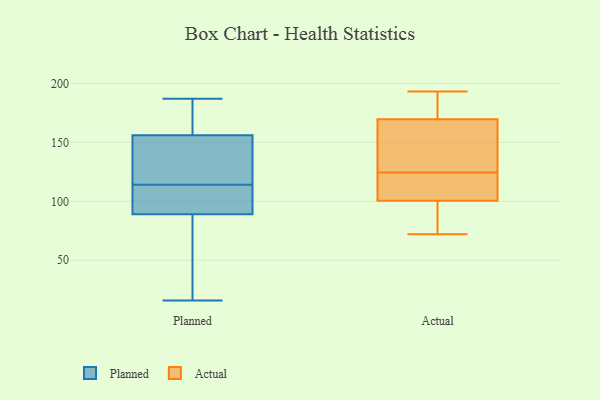
{"axis": {"x": "Demand Index", "y": "Value"}, "legend": ["Actual", "Planned"], "data": [{"x": "", "y": 83, "type": "Planned"}, {"x": "", "y": 16, "type": "Planned"}, {"x": "", "y": 187, "type": "Planned"}, {"x": "", "y": 165, "type": "Planned"}, {"x": "", "y": 147, "type": "Planned"}, {"x": "", "y": 99, "type": "Planned"}, {"x": "", "y": 89, "type": "Planned"}, {"x": "", "y": 169, "type": "Planned"}, {"x": "", "y": 144, "type": "Planned"}, {"x": "", "y": 89, "type": "Planned"}, {"x": "", "y": 125, "type": "Planned"}, {"x": "", "y": 176, "type": "Planned"}, {"x": "", "y": 101, "type": "Planned"}, {"x": "", "y": 156, "type": "Planned"}, {"x": "", "y": 138, "type": "Planned"}, {"x": "", "y": 50, "type": "Planned"}, {"x": "", "y": 103, "type": "Planned"}, {"x": "", "y": 35, "type": "Planned"}, {"x": "", "y": 101, "type": "Actual"}, {"x": "", "y": 81, "type": "Actual"}, {"x": "", "y": 186, "type": "Actual"}, {"x": "", "y": 101, "type": "Actual"}, {"x": "", "y": 136, "type": "Actual"}, {"x": "", "y": 105, "type": "Actual"}, {"x": "", "y": 177, "type": "Actual"}, {"x": "", "y": 187, "type": "Actual"}, {"x": "", "y": 166, "type": "Actual"}, {"x": "", "y": 100, "type": "Actual"}, {"x": "", "y": 83, "type": "Actual"}, {"x": "", "y": 172, "type": "Actual"}, {"x": "", "y": 143, "type": "Actual"}, {"x": "", "y": 123, "type": "Actual"}, {"x": "", "y": 94, "type": "Actual"}, {"x": "", "y": 72, "type": "Actual"}, {"x": "", "y": 117, "type": "Actual"}, {"x": "", "y": 193, "type": "Actual"}, {"x": "", "y": 126, "type": "Actual"}, {"x": "", "y": 167, "type": "Actual"}]}